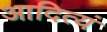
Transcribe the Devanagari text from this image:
आदित्यं